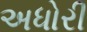
અધોરી